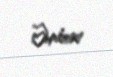
Əmirov